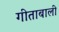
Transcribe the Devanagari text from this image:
गीताबाली